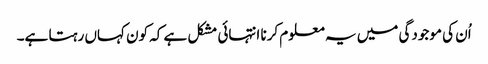
اُن کی موجودگی میں یہ معلوم کرنا انتہائی مشکل ہے کہ کون کہاں رہتا ہے۔